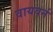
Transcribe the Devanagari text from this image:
वायवर्न